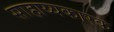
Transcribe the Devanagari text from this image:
साहाय्यकारक